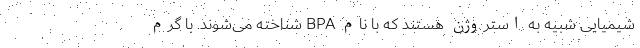
شیمیایی شبیه به استروژن هستند که با نام BPA شناخته می‌شوند. با گرم